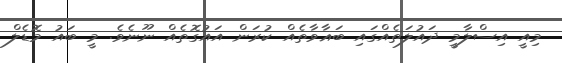
މިއީ އިސްލާމީ ދައުލަތެއްގައި ބަޣާވާތެއް ކުރަން އައުގޮތެއް ނޫނެވެ. މީ ބައު މޮޑެލް